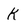
Character: K